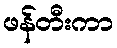
ဖန်တီးကာ